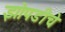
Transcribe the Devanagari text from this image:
झोपडीचे